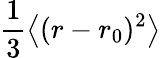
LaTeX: \frac{1}{3}\left\langle{(r-r_{0})^{2}}\right\rangle